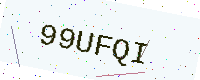
Text: 99UFQI